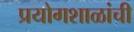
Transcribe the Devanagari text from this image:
प्रयोगशाळांची